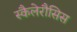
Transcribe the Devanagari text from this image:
स्कैलेरौसिस